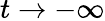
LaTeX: t\to-\infty